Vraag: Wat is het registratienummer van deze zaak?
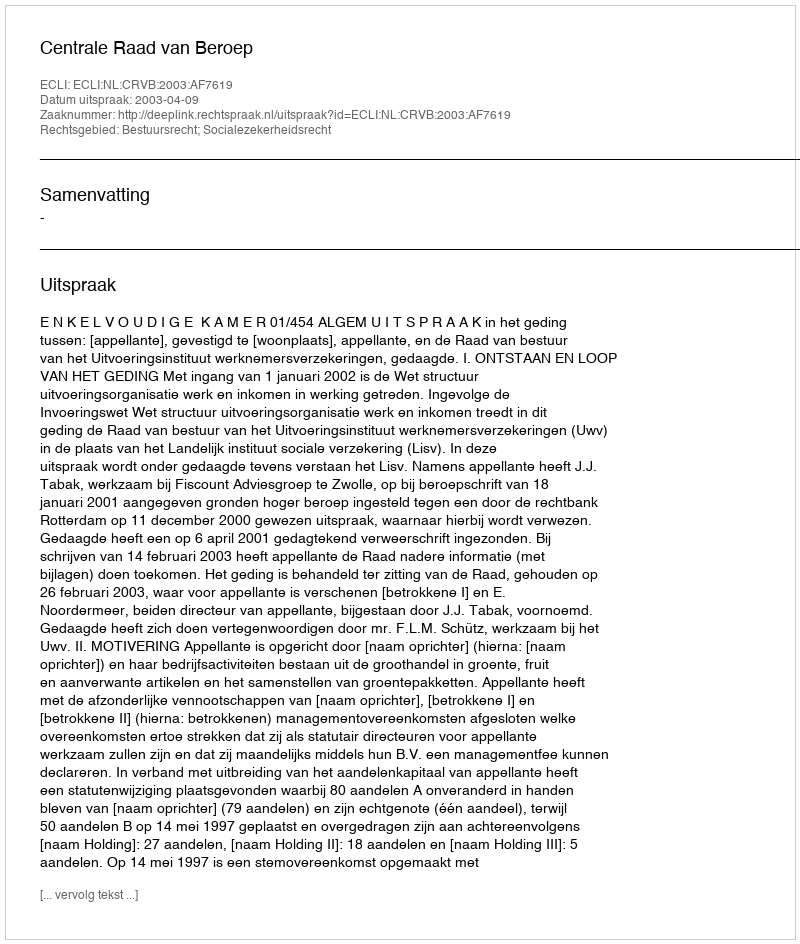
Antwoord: http://deeplink.rechtspraak.nl/uitspraak?id=ECLI:NL:CRVB:2003:AF7619